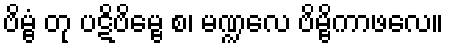
ဗိမ္ဗံ တု ပဋိဗိမ္ဗေ စ၊ မဏ္ဍလေ ဗိမ္ဗိကာဖလေ။